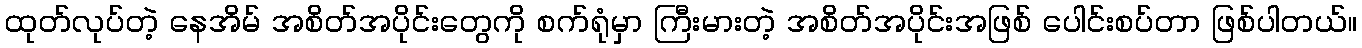
ထုတ်လုပ်တဲ့ နေအိမ် အစိတ်အပိုင်းတွေကို စက်ရုံမှာ ကြီးမားတဲ့ အစိတ်အပိုင်းအဖြစ် ပေါင်းစပ်တာ ဖြစ်ပါတယ်။